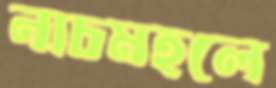
নাচমহলে